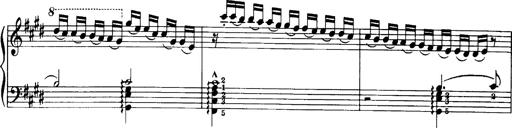
Title: OuvertÃ¼re zu TannhÃ¤user
Composer: Franz Liszt